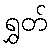
ရွှတ်